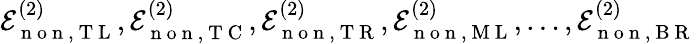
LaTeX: \mathcal{E}_{\mathrm{~n~o~n~},\mathrm{~T~L~}}^{(2)},\mathcal{E}_{\mathrm{~n~o~n~},\mathrm{~T~C~}}^{(2)},\mathcal{E}_{\mathrm{~n~o~n~},\mathrm{~T~R~}}^{(2)},\mathcal{E}_{\mathrm{~n~o~n~},\mathrm{~M~L~}}^{(2)},\dotsc,\mathcal{E}_{\mathrm{~n~o~n~},\mathrm{~B~R~}}^{(2)}